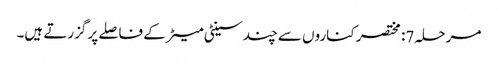
مرحلہ 7: مختصر کناروں سے چند سینٹی میٹر کے فاصلے پر گزرتے ہیں۔